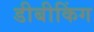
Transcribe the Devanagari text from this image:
डीबीकिंग